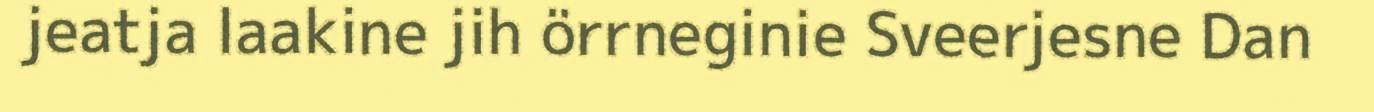
jeatja laakine jih örrneginie Sveerjesne Dan